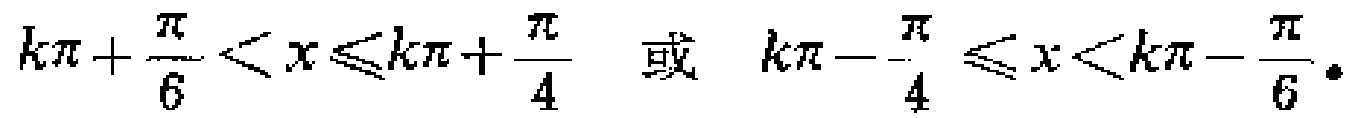
\(k\pi+\frac{\pi}{6}<x\leqslant k\pi+\frac{\pi}{4}\quad或\quad k\pi - \frac{\pi}{4}\leqslant x<k\pi-\frac{\pi}{6}\)